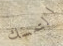
التمسك